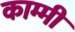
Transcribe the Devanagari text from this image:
काम्मी